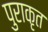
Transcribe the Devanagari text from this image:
पुराकृत